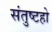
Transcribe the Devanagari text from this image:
संतुष्टहो